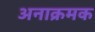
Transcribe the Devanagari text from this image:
अनाक्रमक